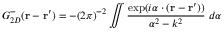
G _ { 2 D } ^ { - } ( \mathbf { r } - \mathbf { r } ^ { \prime } ) = - ( 2 \pi ) ^ { - 2 } \iint \frac { \exp ( i \boldsymbol { \alpha } \cdot ( \mathbf { r } - \mathbf { r } ^ { \prime } ) ) } { \alpha ^ { 2 } - k ^ { 2 } } \; d \boldsymbol { \alpha }